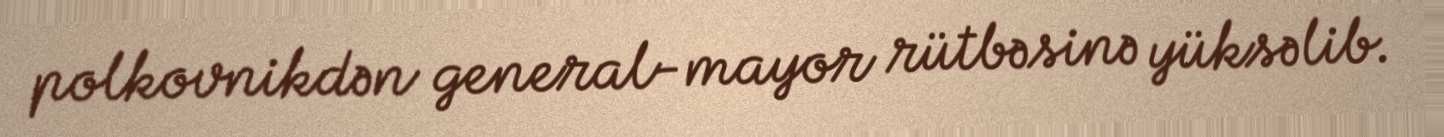
polkovnikdən general-mayor rütbəsinə yüksəlib.